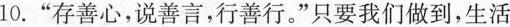
10.”存善心，说善言，行善行。”只要我们做到，生活